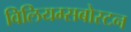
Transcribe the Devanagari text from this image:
विलियम्सबोस्टन